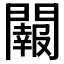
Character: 𨷂